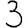
Digit: 3